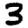
Digit: 3